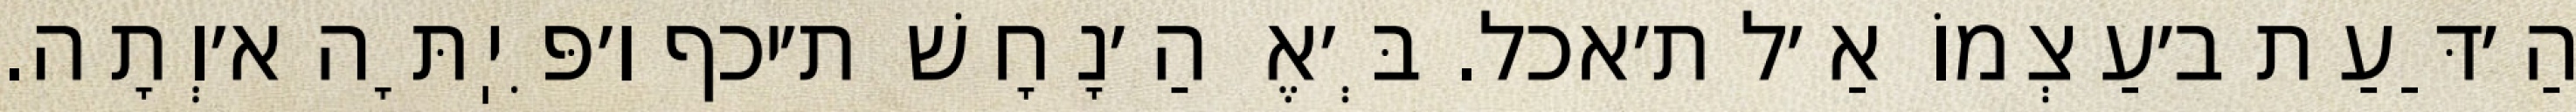
הַ׳דַּעַת ב׳עַצְמוֹ אַ׳ל ת׳אכל. בְּ׳אֶ הַ׳נָחָשׁ ת׳יכף ו׳פִּיֽתָּה א׳וְתָה.